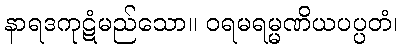
နာရဒကုဋံမည်သော။ ဝရမရမ္မဏိယပပ္ပတံ၊